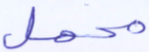
محمل